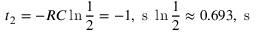
t _ { 2 } = - R C \ln { \frac { 1 } { 2 } } = - 1 , \mathrm { ~ s ~ } \ln { \frac { 1 } { 2 } } \approx 0 . 6 9 3 , \mathrm { ~ s ~ }